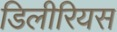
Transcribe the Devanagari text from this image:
डिलीरियस